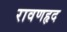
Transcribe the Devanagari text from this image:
रावणहृद